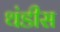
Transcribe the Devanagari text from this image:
थंडीस